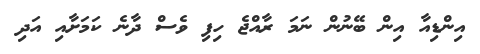
އިންޑިއާ އިން ބޭނުން ނަމަ ރާއްޖެ ހިފި ވެސް ދާނެ ކަމަށާއި އަދި